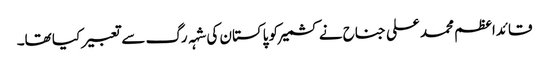
قائداعظم محمد علی جناح نے کشمیر کو پاکستان کی شہہ رگ سے تعبیر کیا تھا۔